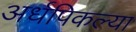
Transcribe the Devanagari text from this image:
अर्धपिकल्या